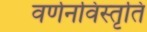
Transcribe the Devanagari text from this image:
वर्णनविस्तृति